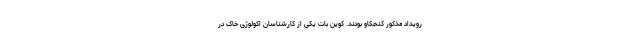
رویداد مذکور کنجکاو بودند. کوین بات یکی از کارشناسان اکولوژی خاک در